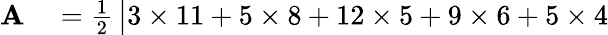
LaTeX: \begin{array}{rl}{\mathbf{A}}&{{}={\frac{1}{2}}\, {\big|}3\times 11+5\times 8+12\times 5+9\times 6+5\times 4}\end{array}